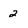
Character: 2